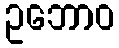
ဥဘောဝ